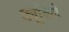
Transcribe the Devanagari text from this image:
ड्यूविले